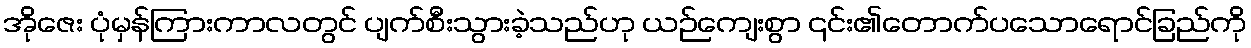
အိုဇေး ပုံမှန်ကြားကာလတွင် ပျက်စီးသွားခဲ့သည်ဟု ယဉ်ကျေးစွာ ၎င်း၏တောက်ပသောရောင်ခြည်ကို